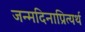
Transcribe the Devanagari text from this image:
जन्मदिनाप्रित्यर्थ